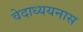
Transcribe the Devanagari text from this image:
वेदाध्ययनास